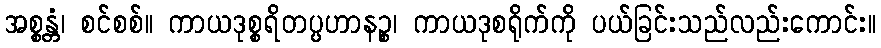
အစ္စန္တံ၊ စင်စစ်။ ကာယဒုစ္စရိတပ္ပဟာနဉ္စ၊ ကာယဒုစရိုက်ကို ပယ်ခြင်းသည်လည်းကောင်း။